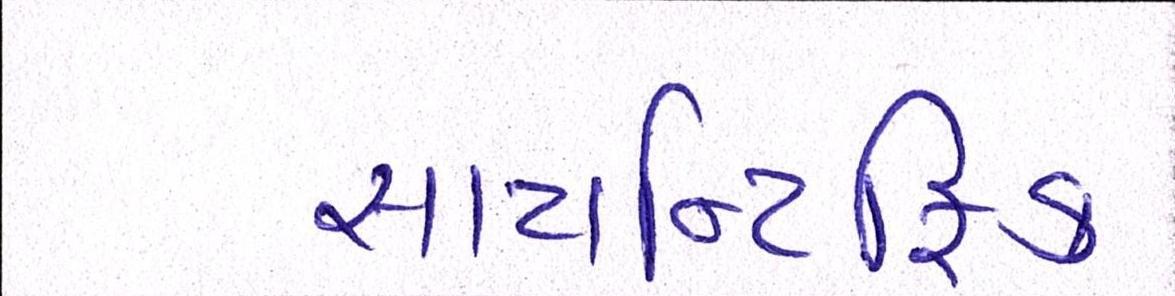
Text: સાયન્ટિફિક